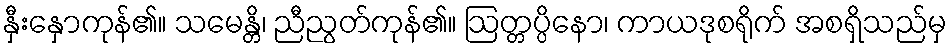
နှီးနှောကုန်၏။ သမေန္တိ၊ ညီညွတ်ကုန်၏။ ဩတ္တပ္ပိနော၊ ကာယဒုစရိုက် အစရှိသည်မှ